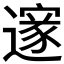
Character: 𮟏